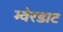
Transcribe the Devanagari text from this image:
ग्वेरडाट